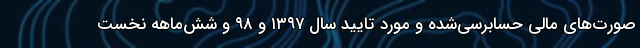
صورت‌های مالی حسابرسی‌شده و مورد تایید سال ۱۳۹۷ و ۹۸ و شش‌ماهه نخست